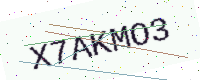
Text: X7AKMO3